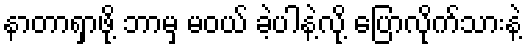
နာတာရှာဖို့ ဘာမှ မဝယ် ခဲ့ပါနဲ့လို့ ပြောလိုက်သားနဲ့